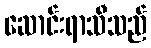
ဆောင်းရာသီသည်